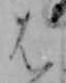
は